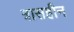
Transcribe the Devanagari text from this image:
त्रासहीन